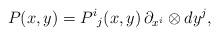
LaTeX: \begin{align*}P(x,y) = P^i{}_j(x,y)\, \partial_{x^i} \otimes dy^j,\end{align*}